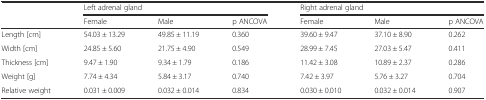
|  | <COLSPAN=3> Left adrenal gland | <COLSPAN=3> Right adrenal gland |
 |  | Female | Male | p ANCOVA | Female | Male | p ANCOVA |
 | --- | --- | --- | --- | --- | --- | --- |
 | Length [cm] | 54.03 ± 13.29 | 49.85 ± 11.19 | 0.360 | 39.60 ± 9.47 | 37.10 ± 8.90 | 0.262 |
 | Width [cm] | 24.85 ± 5.60 | 21.75 ± 4.90 | 0.549 | 28.99 ± 7.45 | 27.03 ± 5.47 | 0.411 |
 | Thickness [cm] | 9.47 ± 1.90 | 9.34 ± 1.79 | 0.186 | 11.42 ± 3.08 | 10.89 ± 2.37 | 0.286 |
 | Weight [g] | 7.74 ± 4.34 | 5.84 ± 3.17 | 0.740 | 7.42 ± 3.97 | 5.76 ± 3.27 | 0.704 |
 | Relative weight | 0.031 ± 0.009 | 0.032 ± 0.014 | 0.834 | 0.030 ± 0.010 | 0.032 ± 0.014 | 0.907 |